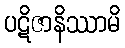
ပဋိဇာနိဿာမိ